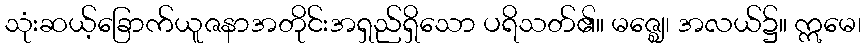
သုံးဆယ့်ခြောက်ယူဇနာအတိုင်းအရှည်ရှိသော ပရိသတ်၏။ မဇ္ဈေ၊ အလယ်၌။ ဣမေ၊